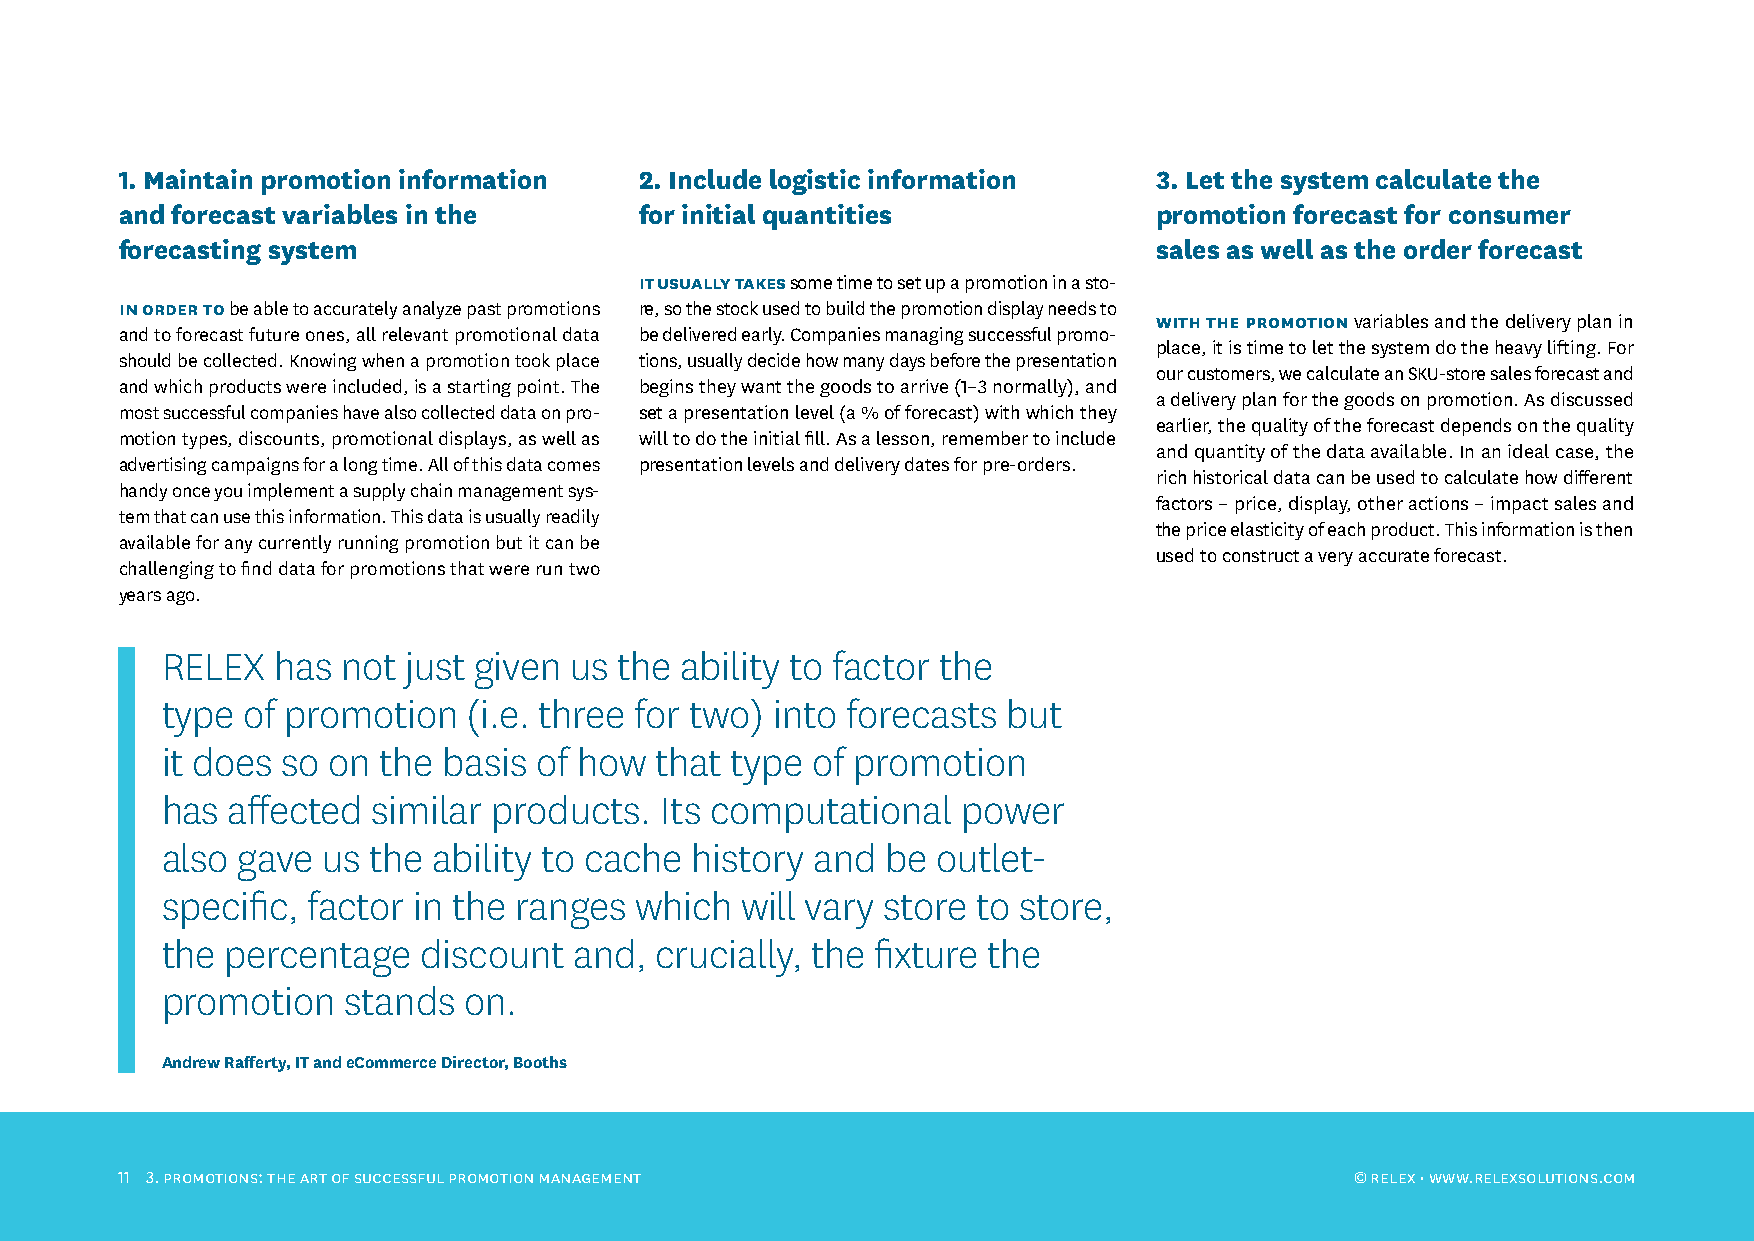
1. Maintain promotion information 2. Include logistic information    3. Let the system calculate the
 and forecast variables in the     for initial quantities             promotion forecast for consumer
 forecasting system                                                   sales as well as the order forecast
 iT usually TaKes some time to set up a promotion in a sto-
 in oRdeR To be able to accurately analyze past promotions re, so the stock used to build the promotion display needs to
 WiTh The pRomoTion variables and the delivery plan in
 and to forecast future ones, all relevant promotional data be delivered early. Companies managing successful promo-
 place, it is time to let the system do the heavy lifting. For
 should be collected. Knowing when a promotion took place tions, usually decide how many days before the presentation
 our customers, we calculate an SKU-store sales forecast and
 and which products were included, is a starting point. The begins they want the goods to arrive (1–3 normally), and
 a delivery plan for the goods on promotion. As discussed
 most successful companies have also collected data on pro- set a presentation level (a % of forecast) with which they
 earlier, the quality of the forecast depends on the quality
 motion types, discounts, promotional displays, as well as will to do the initial fill. As a lesson, remember to include
 and quantity of the data available. In an ideal case, the
 advertising campaigns for a long time. All of this data comes presentation levels and delivery dates for pre-orders.
 rich historical data can be used to calculate how different
 handy once you implement a supply chain management sys-
 factors – price, display, other actions – impact sales and
 tem that can use this information. This data is usually readily
 the price elasticity of each product. This information is then
 available for any currently running promotion but it can be
 used to construct a very accurate forecast.
 challenging to find data for promotions that were run two
 years ago.
 RELEX  has  not just given us the ability to factor the
 type of promotion   (i.e. three for two) into forecasts but
 it does so on the basis of how  that type  of promotion
 has affected  similar products.  Its computational   power
 also gave us the  ability to cache history and  be outlet-
 specific, factor in the ranges which  will vary store to store,
 the percentage   discount  and, crucially, the fixture the
 promotion   stands  on.
 Andrew Rafferty, IT and eCommerce Director, Booths
 11 3. pRomotions: thE ARt oF succEssFuL pRomotion mAnAgEmEnt                      © RELEX • www.RELEXsoLutions.com